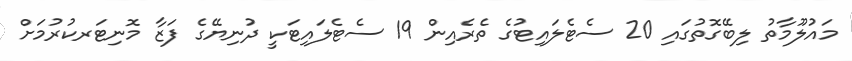
މައުލޫމާތު ލިބޭގޮތުގައި 20 ސެޓެލައިޓުގެ ތެރެއިން 19 ސެޓެލައިޓަކީ ދުނިޔޭގެ ފަޒާ މޮނިޓަރކުރުމަށް